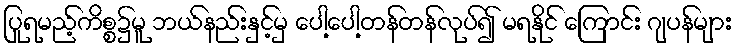
ပြုရမည့်ကိစ္စ၌မူ ဘယ်နည်းနှင့်မှ ပေါ့ပေါ့တန်တန်လုပ်၍ မရနိုင် ကြောင်း ဂျပန်များ